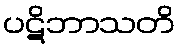
ပဋိဘာသတိ